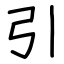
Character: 引